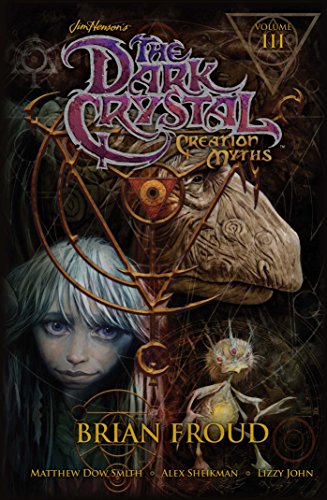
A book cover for Jim Henson's The Dark Crystal: Creation Myths Vol. 3; Jim Henson; Comics & Graphic Novels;